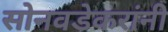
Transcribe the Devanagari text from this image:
सोनवडेकरांनी